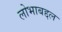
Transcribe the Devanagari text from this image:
लोभाबद्दल